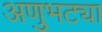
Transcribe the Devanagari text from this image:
अणुभट्या